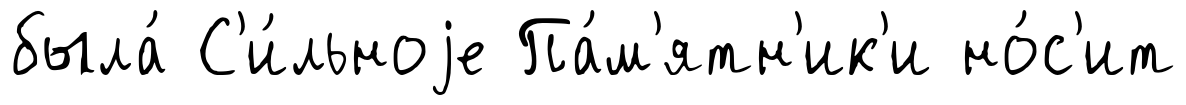
была́ С'и́льноjе Па́м'ятн'ик'и но́с'ит